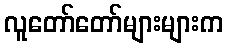
လူတော်တော်များများက